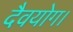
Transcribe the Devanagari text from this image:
दैवयोग।